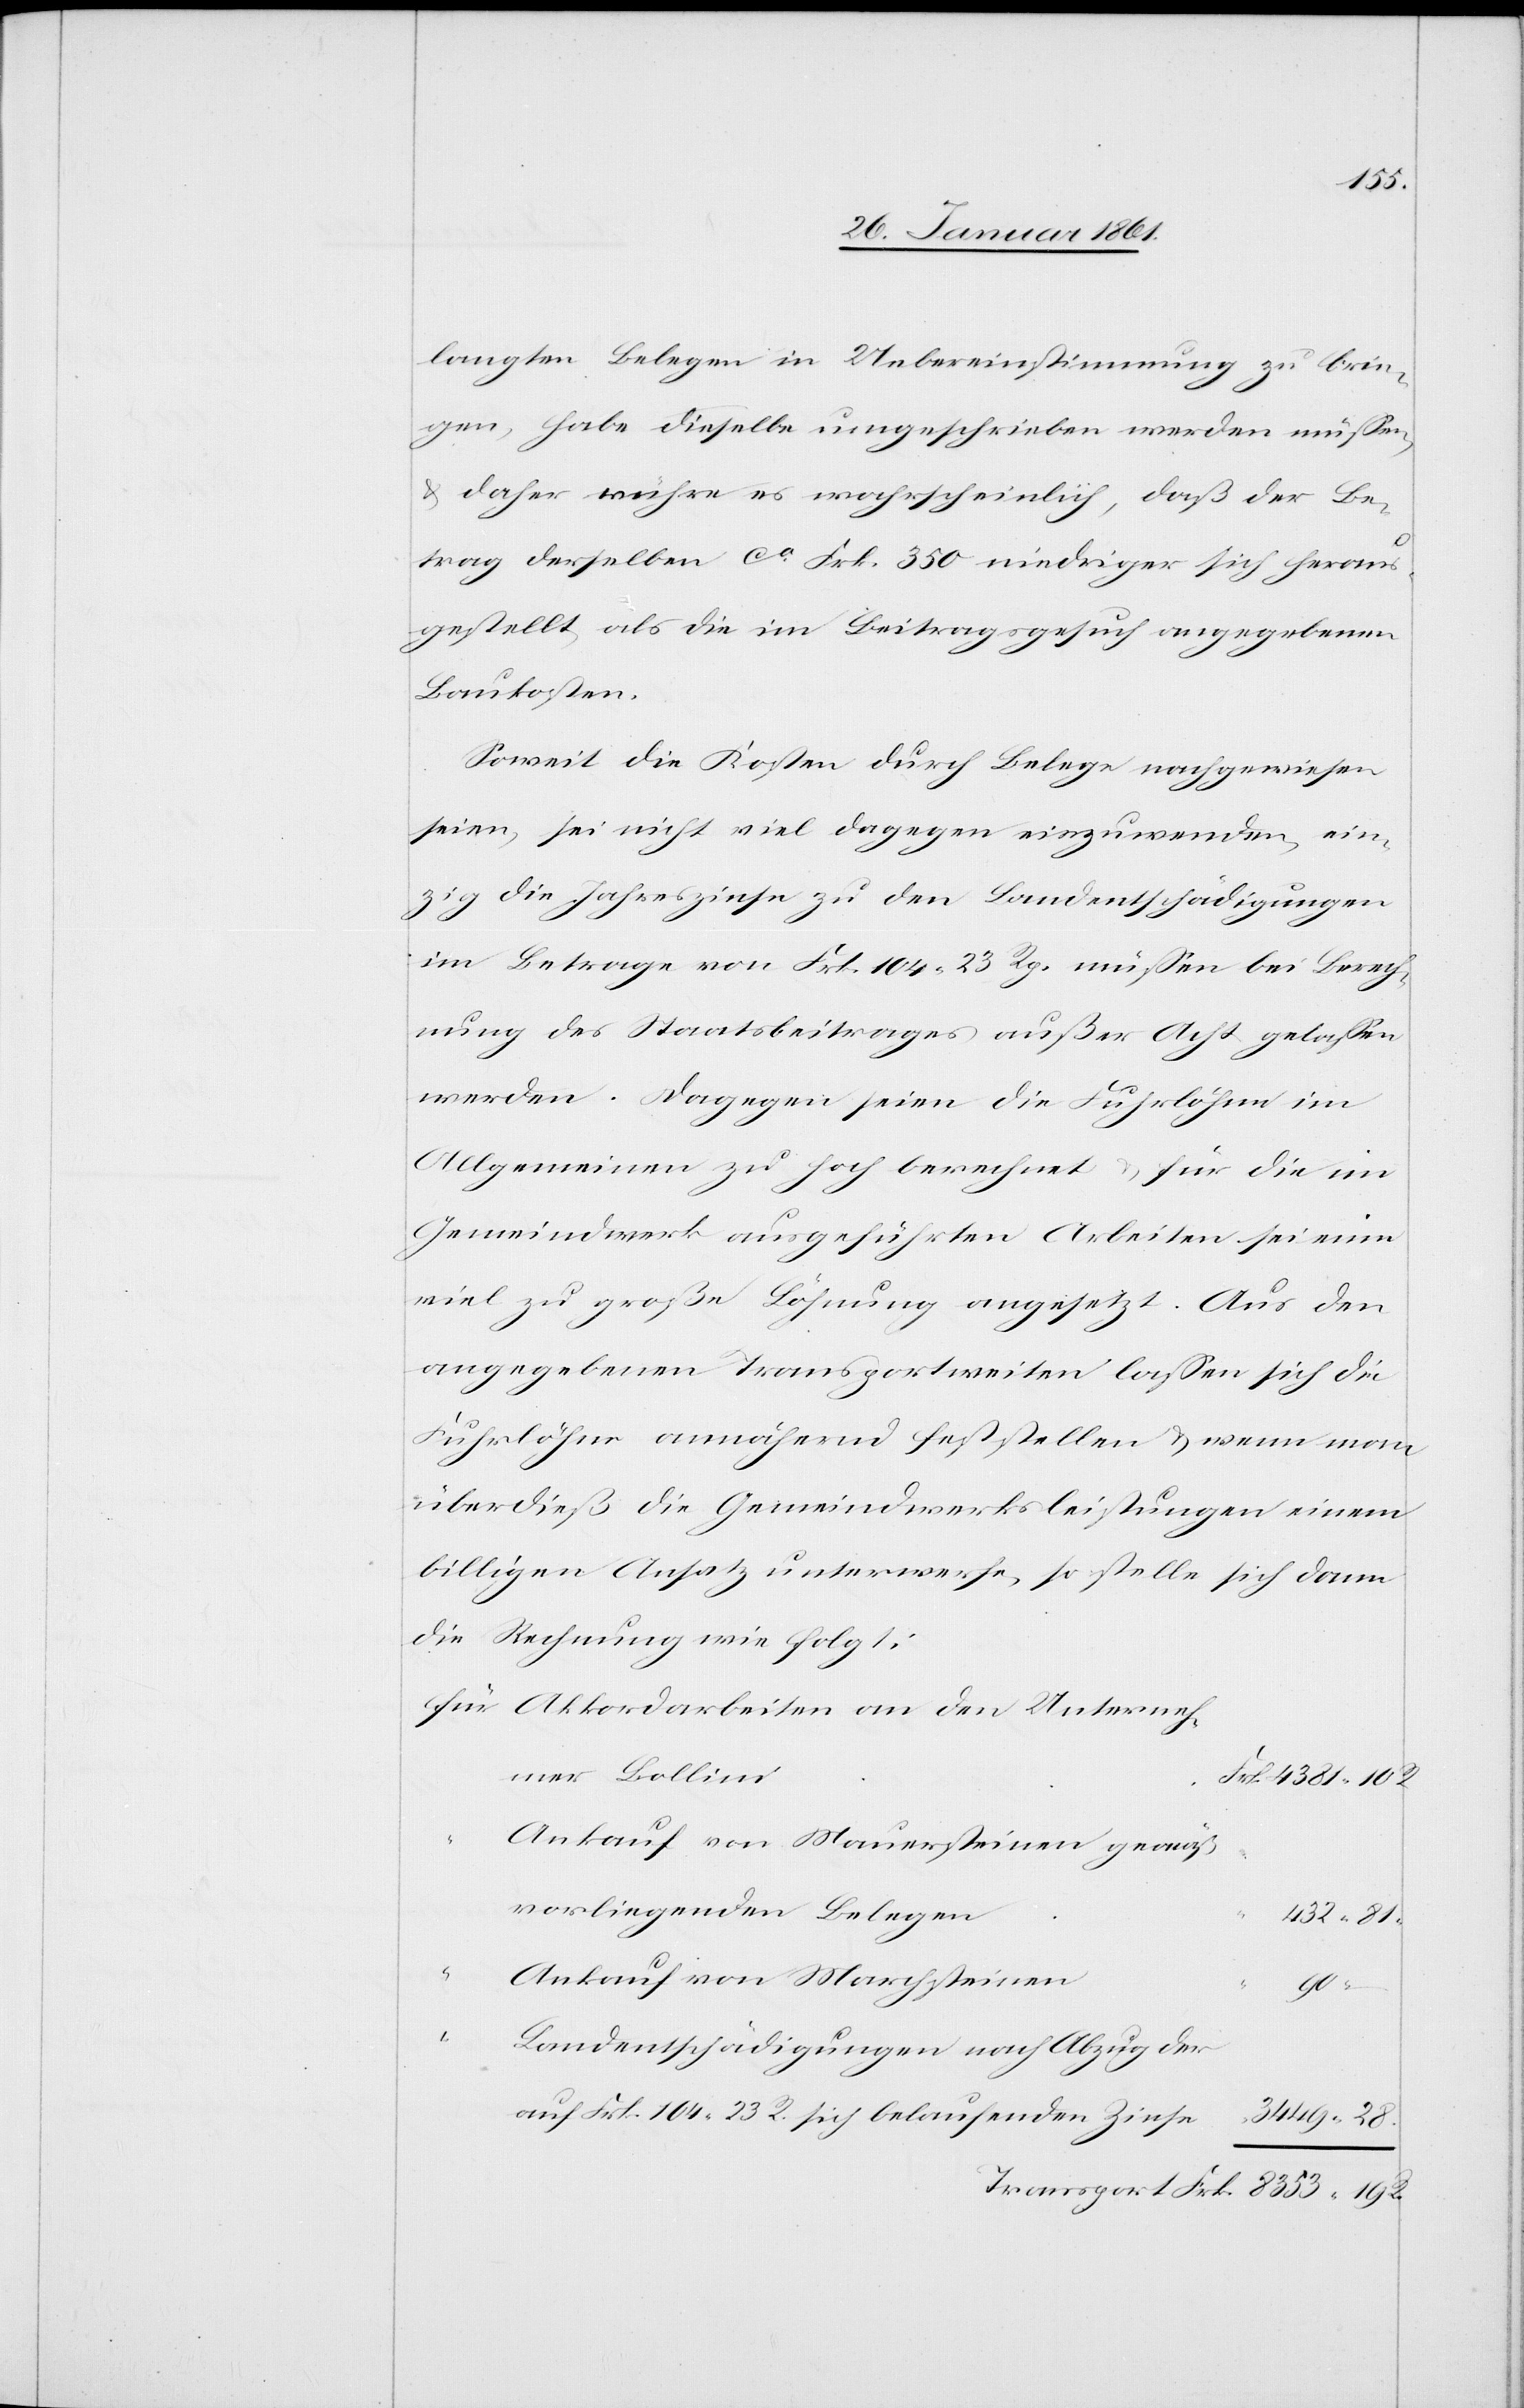
28.

8353
langten Belegen in Uebereinstimmung zu brin¬
gen, habe dieselbe umgeschrieben werden müssen,
u. daher rühre es wahrscheinlich, daß der Be¬
trag desselben ca Frk. 350 niedriger sich heraus¬
gestellt, als die im Beitragsgesuch angegebenen
Baukosten.
Soweit die Kosten durch Belege nachgewiesen
seien, sei nicht viel dagegen einzuwenden, ein¬
zig die Jahreszinse zu den Landentschädigungen
im Betrage von Frk. 104 23 Rp. müssen bei Berech¬
nung des Staatsbeitrages außer Acht gelassen
werden. Dagegen seien die Fuhrlöhne im
Allgemeinen zu hoch berechnet u. für die im
Gemeindwerk ausgeführten Arbeiten sei eine
viel zu große Löhnung angesetzt. Aus den
angegebenen Transportweisen lassen sich die
Fuhrlöhne annähernd feststellen u. wenn man
überdieß die Gemeindwerksleistungen einem
billigen Ansatz unterwerfe, so stelle sich dann
die Rechnung wie folgt:
Akkordarbeiten an den Unterneh¬
mer Bollini
Ankauf von Mauersteinen gemäß
vorliegenden Belegen
R.
Ankauf von Marchsteinen
19.
Landentschädigungen nach Abzug der
auf Frk. 104 23 R. sich belaufenden Zinse